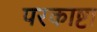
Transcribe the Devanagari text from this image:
परकाष्टा